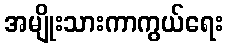
အမျိုးသားကာကွယ်ရေး